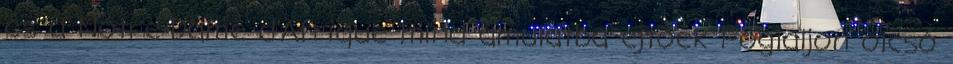
és a Notre-Dame d'Afrique mind ámulatba ejtőek Foglaljon olcsó